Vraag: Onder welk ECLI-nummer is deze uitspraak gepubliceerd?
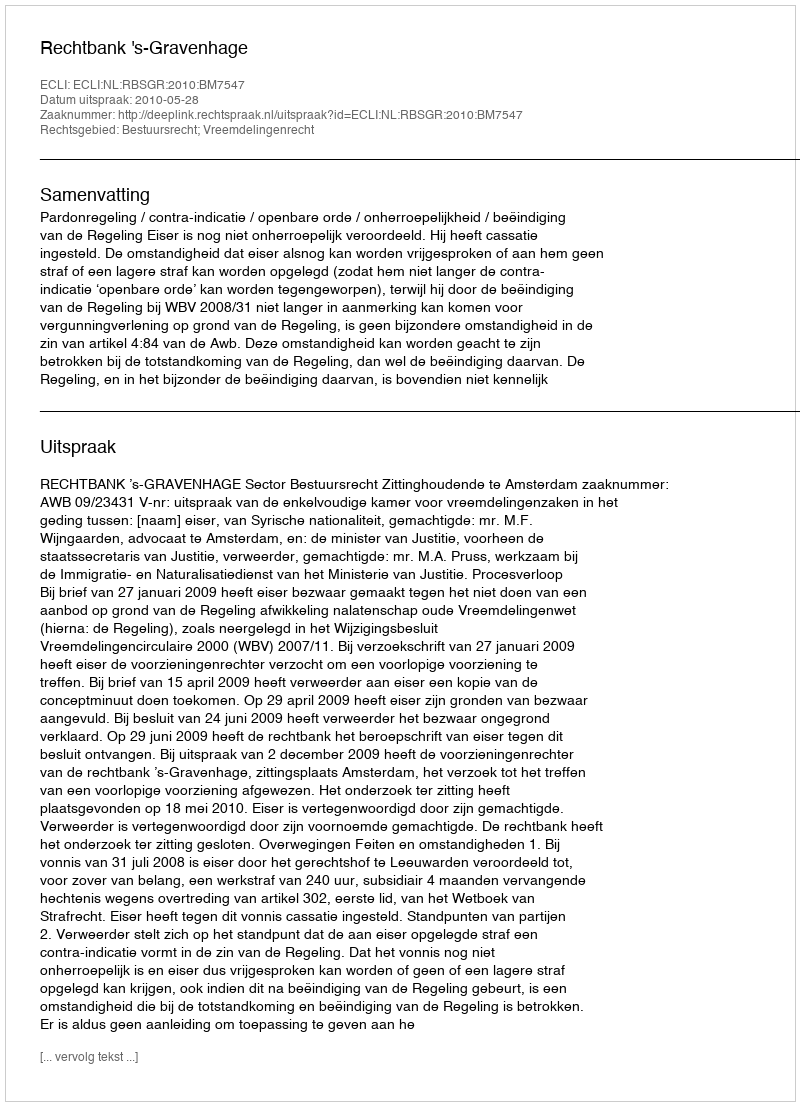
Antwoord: ECLI:NL:RBSGR:2010:BM7547